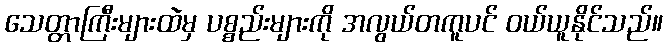
သေတ္တာကြီးများထဲမှ ပစ္စည်းများကို အလွယ်တကူပင် ဝယ်ယူနိုင်သည်။